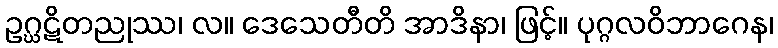
ဥဂ္ဃဋိတညုဿ၊ လ။ ဒေသေတီတိ အာဒိနာ၊ ဖြင့်။ ပုဂ္ဂလဝိဘာဂေန၊